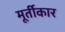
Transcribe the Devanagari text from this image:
मूर्तीकार